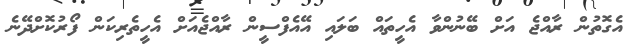
އެގޮތުން ރާއްޖެ އަށް ބޭނުންވާ އެހީތައް ބަލައި އޭއެފްސީން ރާއްޖެއަށް އެހީތެރިކަން ފޯރުކޮށްދޭނެ